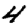
Digit: 4